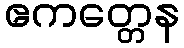
ဧကတ္တေန